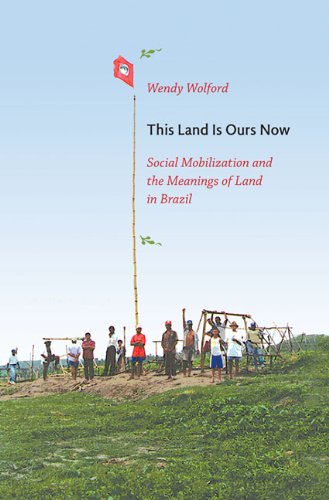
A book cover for This Land Is Ours Now: Social Mobilization and the Meanings of Land in Brazil; Wendy Wolford; History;